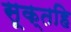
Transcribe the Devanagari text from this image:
सूक्तहि